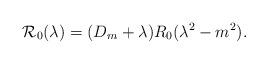
LaTeX: \begin{align*}\mathcal R_0(\lambda)=(D_m+\lambda) R_0(\lambda^2-m^2).\end{align*}